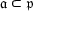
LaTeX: { \mathfrak { a } } \subset { \mathfrak { p } }